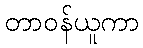
တာဝန်ယူကာ